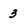
Character: 3